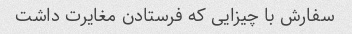
سفارش با چیزایی که فرستادن مغایرت داشت